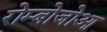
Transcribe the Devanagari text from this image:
रोम्बोजोआ